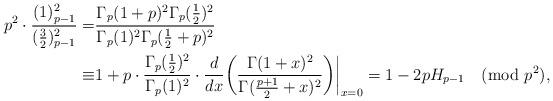
LaTeX: \begin{align*}p^2\cdot\frac{(1)_{p-1}^2}{(\frac32)_{p-1}^2}=&\frac{\Gamma_p(1+p)^2\Gamma_p(\frac12)^2}{\Gamma_p(1)^2\Gamma_p(\frac12+p)^2}\\\equiv&1+p\cdot\frac{\Gamma_p(\frac12)^2}{\Gamma_p(1)^2}\cdot\frac{d}{dx}\bigg(\frac{\Gamma(1+x)^2}{\Gamma(\frac{p+1}{2}+x)^2}\bigg)\bigg|_{x=0}=1-2pH_{p-1}\pmod{p^2},\end{align*}